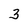
Character: 3